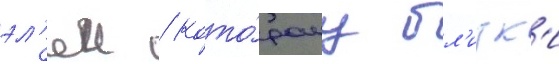
эл'еи / кото́рому бл'изк'и